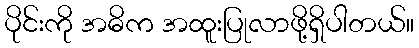
ပိုင်းကို အဓိက အထူးပြုလာဖို့ရှိပါတယ်။